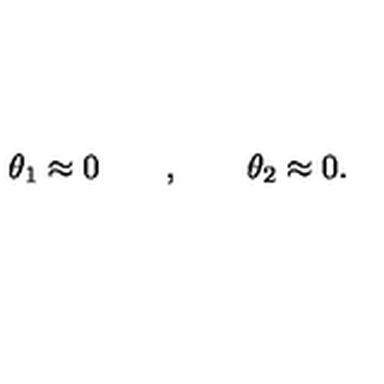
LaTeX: \theta _ { 1 } \approx 0 \qquad , \qquad \theta _ { 2 } \approx 0 .